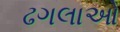
ઢગલાઓ